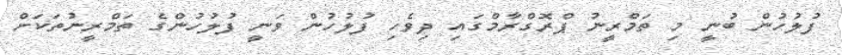
ފުލުހުން ބުނީ މި ތަމްރީނު ޕްރޮގްރާމްގައި ދިވެހި ފުލުހުން ވަނީ ފުލުހުންގެ ތަމްރީނުތަކަށް